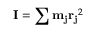
\mathbf { I } = \sum \mathbf { m _ { j } } \mathbf { r _ { j } } ^ { 2 }